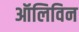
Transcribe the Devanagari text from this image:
ऑलिविन